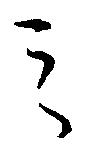
之